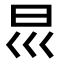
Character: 𡿯